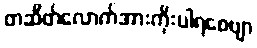
တဆိတ်လောက်အားကိုးပါရစေဗျာ